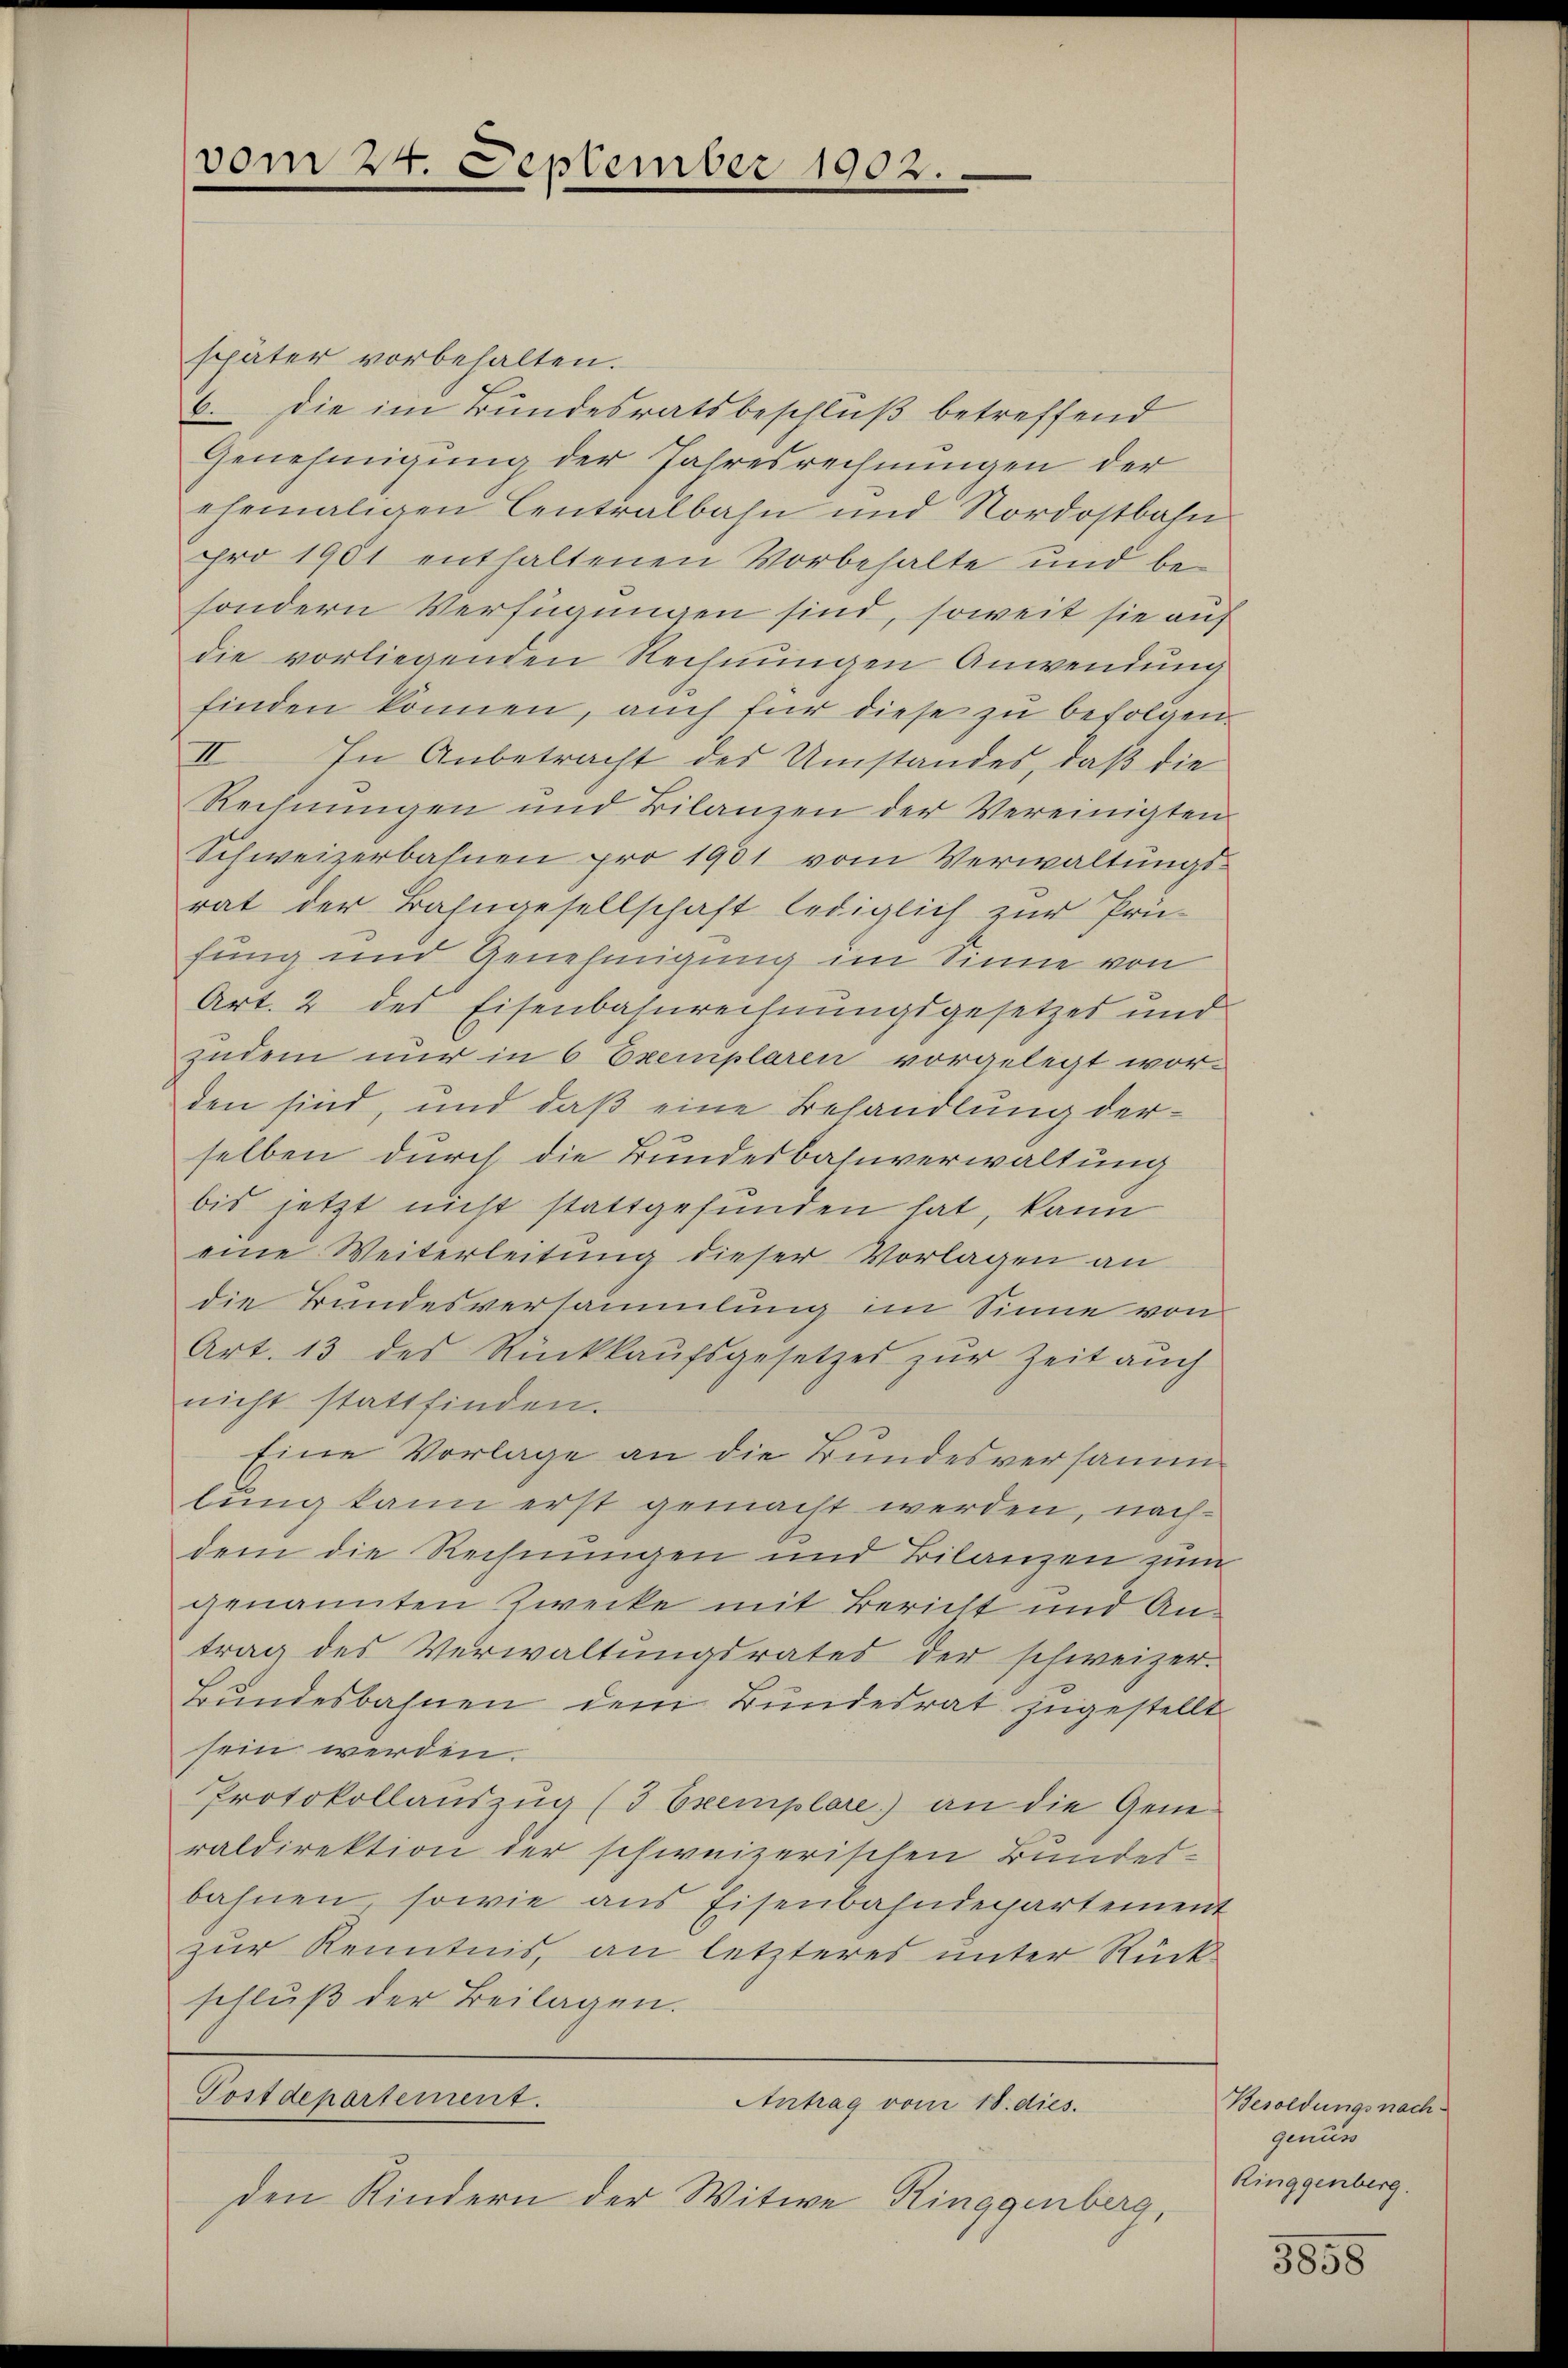
vom 24. September 1902.

später vorbehalten.
6. Die im Bundesratsbeschluß betreffend
Genehmigung der Jahresrechnungen der
ehemaligen Centralbahn und Nordostbahn
pro 1901 enthaltenen Vorbehalte und be-
sondern Verfügungen sind, soweit sie auf
die vorliegenden Rechnungen Anwendung
finden können, auch für diese zu befolgen.
II. In Anbetracht des Umstandes, daß die
Rechnŭngen und Bilanzen der Vereinigten
Schweizerbahnen pro 1901 vom Verwaltungsrat der Bahngesellschaft lediglich zur Prü-
fung und Genehmigung im Sinne von
Art. 2 des Eisenbahnrechnungsgesetzes und
zudem nur in 6 Exemplaren vorgelegt wor-
den sind, und daß eine Behandlung der
selben durch die Bundesbahnverwaltung
bis jetzt nicht stattgefunden hat, kann
eine Weiterleitung dieser Vorlagen an
die Bundesversammlung im Sinne von
Art. 13 des Rückkaufsgesetzes zur Zeit auch
nicht stattfinden.
Eine Vorlage an die Bundesversamm
lung kann erst gemacht werden, nachdem die Rechnungen und Bilanzen zum
genannten Zwecke mit Bericht und Antrag des Verwaltungsrates der schweizer-
Bundesbahnen dem Bundesrat zugestellt
sein werden.
Protokollauszug (3 Exemplare) an die Generaldirektion der schweizerischen Bundes-
bahnen, sowie aus Eisenbahndepartement
zur Kenntnis, an letzteres unter Rück
schluß der Beilagen.
Postdepartement.
Antrag vom 18. dies.
den Kindern der Witwe Ringgenberg,

Besoldungsnach
genuss
Ringgenberg.

3858